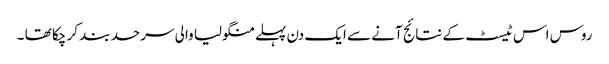
روس اس ٹیسٹ کے نتائج آنے سے ایک دن پہلے منگولیا والی سرحد بند کر چکا تھا ۔